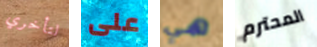
لتأخري على هي المحترم